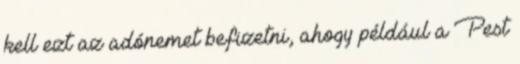
kell ezt az adónemet befizetni, ahogy például a Pest